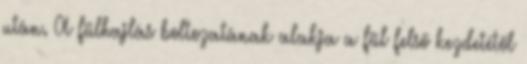
után. A fülhajlás boltozatának alakja a fül felső kezdetétől